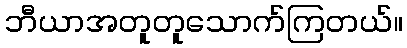
ဘီယာအတူတူသောက်ကြတယ်။